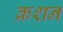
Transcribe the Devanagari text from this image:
क्रशन